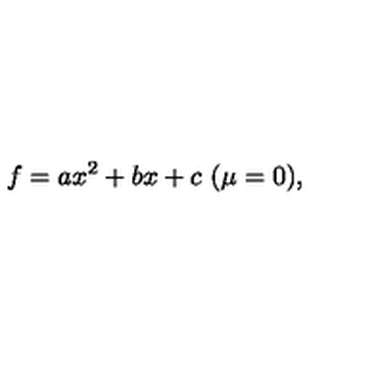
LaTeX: f = a x ^ { 2 } + b x + c \mathrm { \ ( \mu = 0 ) , }